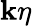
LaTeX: \mathbf{k}\eta